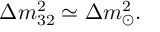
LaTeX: \Delta m _ { 3 2 } ^ { 2 } \simeq \Delta m _ { \odot } ^ { 2 } .